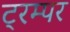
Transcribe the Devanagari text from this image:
ट्रम्पर